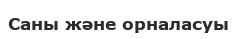
Саны және орналасуы